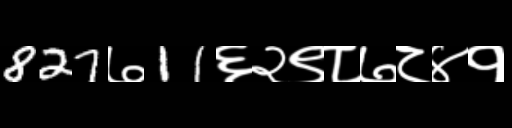
Text: 827७11६२९८७८४१